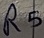
Text: R5